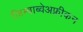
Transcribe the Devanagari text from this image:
ज़िम्बाब्वेअफ़्रीकन